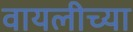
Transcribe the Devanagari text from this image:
वायलीच्या